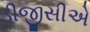
ડીજીસીએ